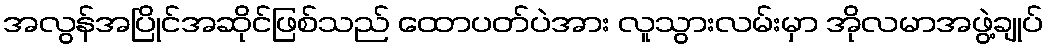
အလွန်အပြိုင်အဆိုင်ဖြစ်သည် ထောပတ်ပဲအား လူသွားလမ်းမှာ အိုလမာအဖွဲ့ချုပ်